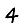
Digit: 4